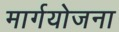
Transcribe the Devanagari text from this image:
मार्गयोजना